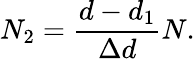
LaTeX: N_{2}=\frac{d-d_{1}}{\Delta d}N.